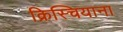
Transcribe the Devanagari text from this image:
क्रिस्चियाना